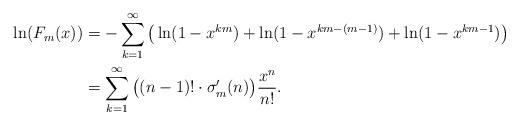
LaTeX: \begin{align*} \ln(F_m(x))&=-\sum_{k=1}^\infty \big(\ln(1-x^{km})+\ln(1-x^{km-(m-1)})+\ln(1-x^{km-1}) \big)\\ &= \sum_{k=1}^\infty \big((n-1)!\cdot \sigma'_m(n) \big) \frac{x^n}{n!}.\end{align*}